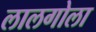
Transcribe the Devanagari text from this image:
लालगोला